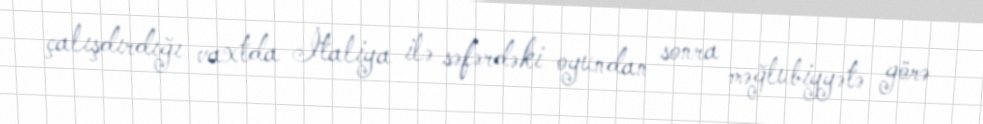
çalışdırdığı vaxtda İtaliya ilə səfərdəki oyundan sonra məğlubiyyətə görə